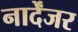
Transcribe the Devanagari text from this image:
नार्देंजर